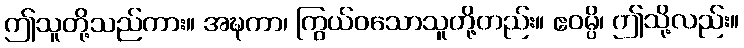
ဤသူတို့သည်ကား။ အဍ္ဎကာ၊ ကြွယ်ဝသောသူတို့တည်း။ ဧဝမ္ပိ၊ ဤသို့လည်း။